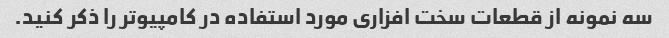
سه نمونه از قطعات سخت افزاری مورد استفاده در کامپیوتر را ذکر کنید.